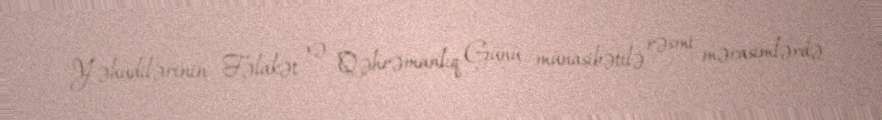
Yəhudilərinin Fəlakət və Qəhrəmanlıq Günü münasibətilə rəsmi mərasimlərdə